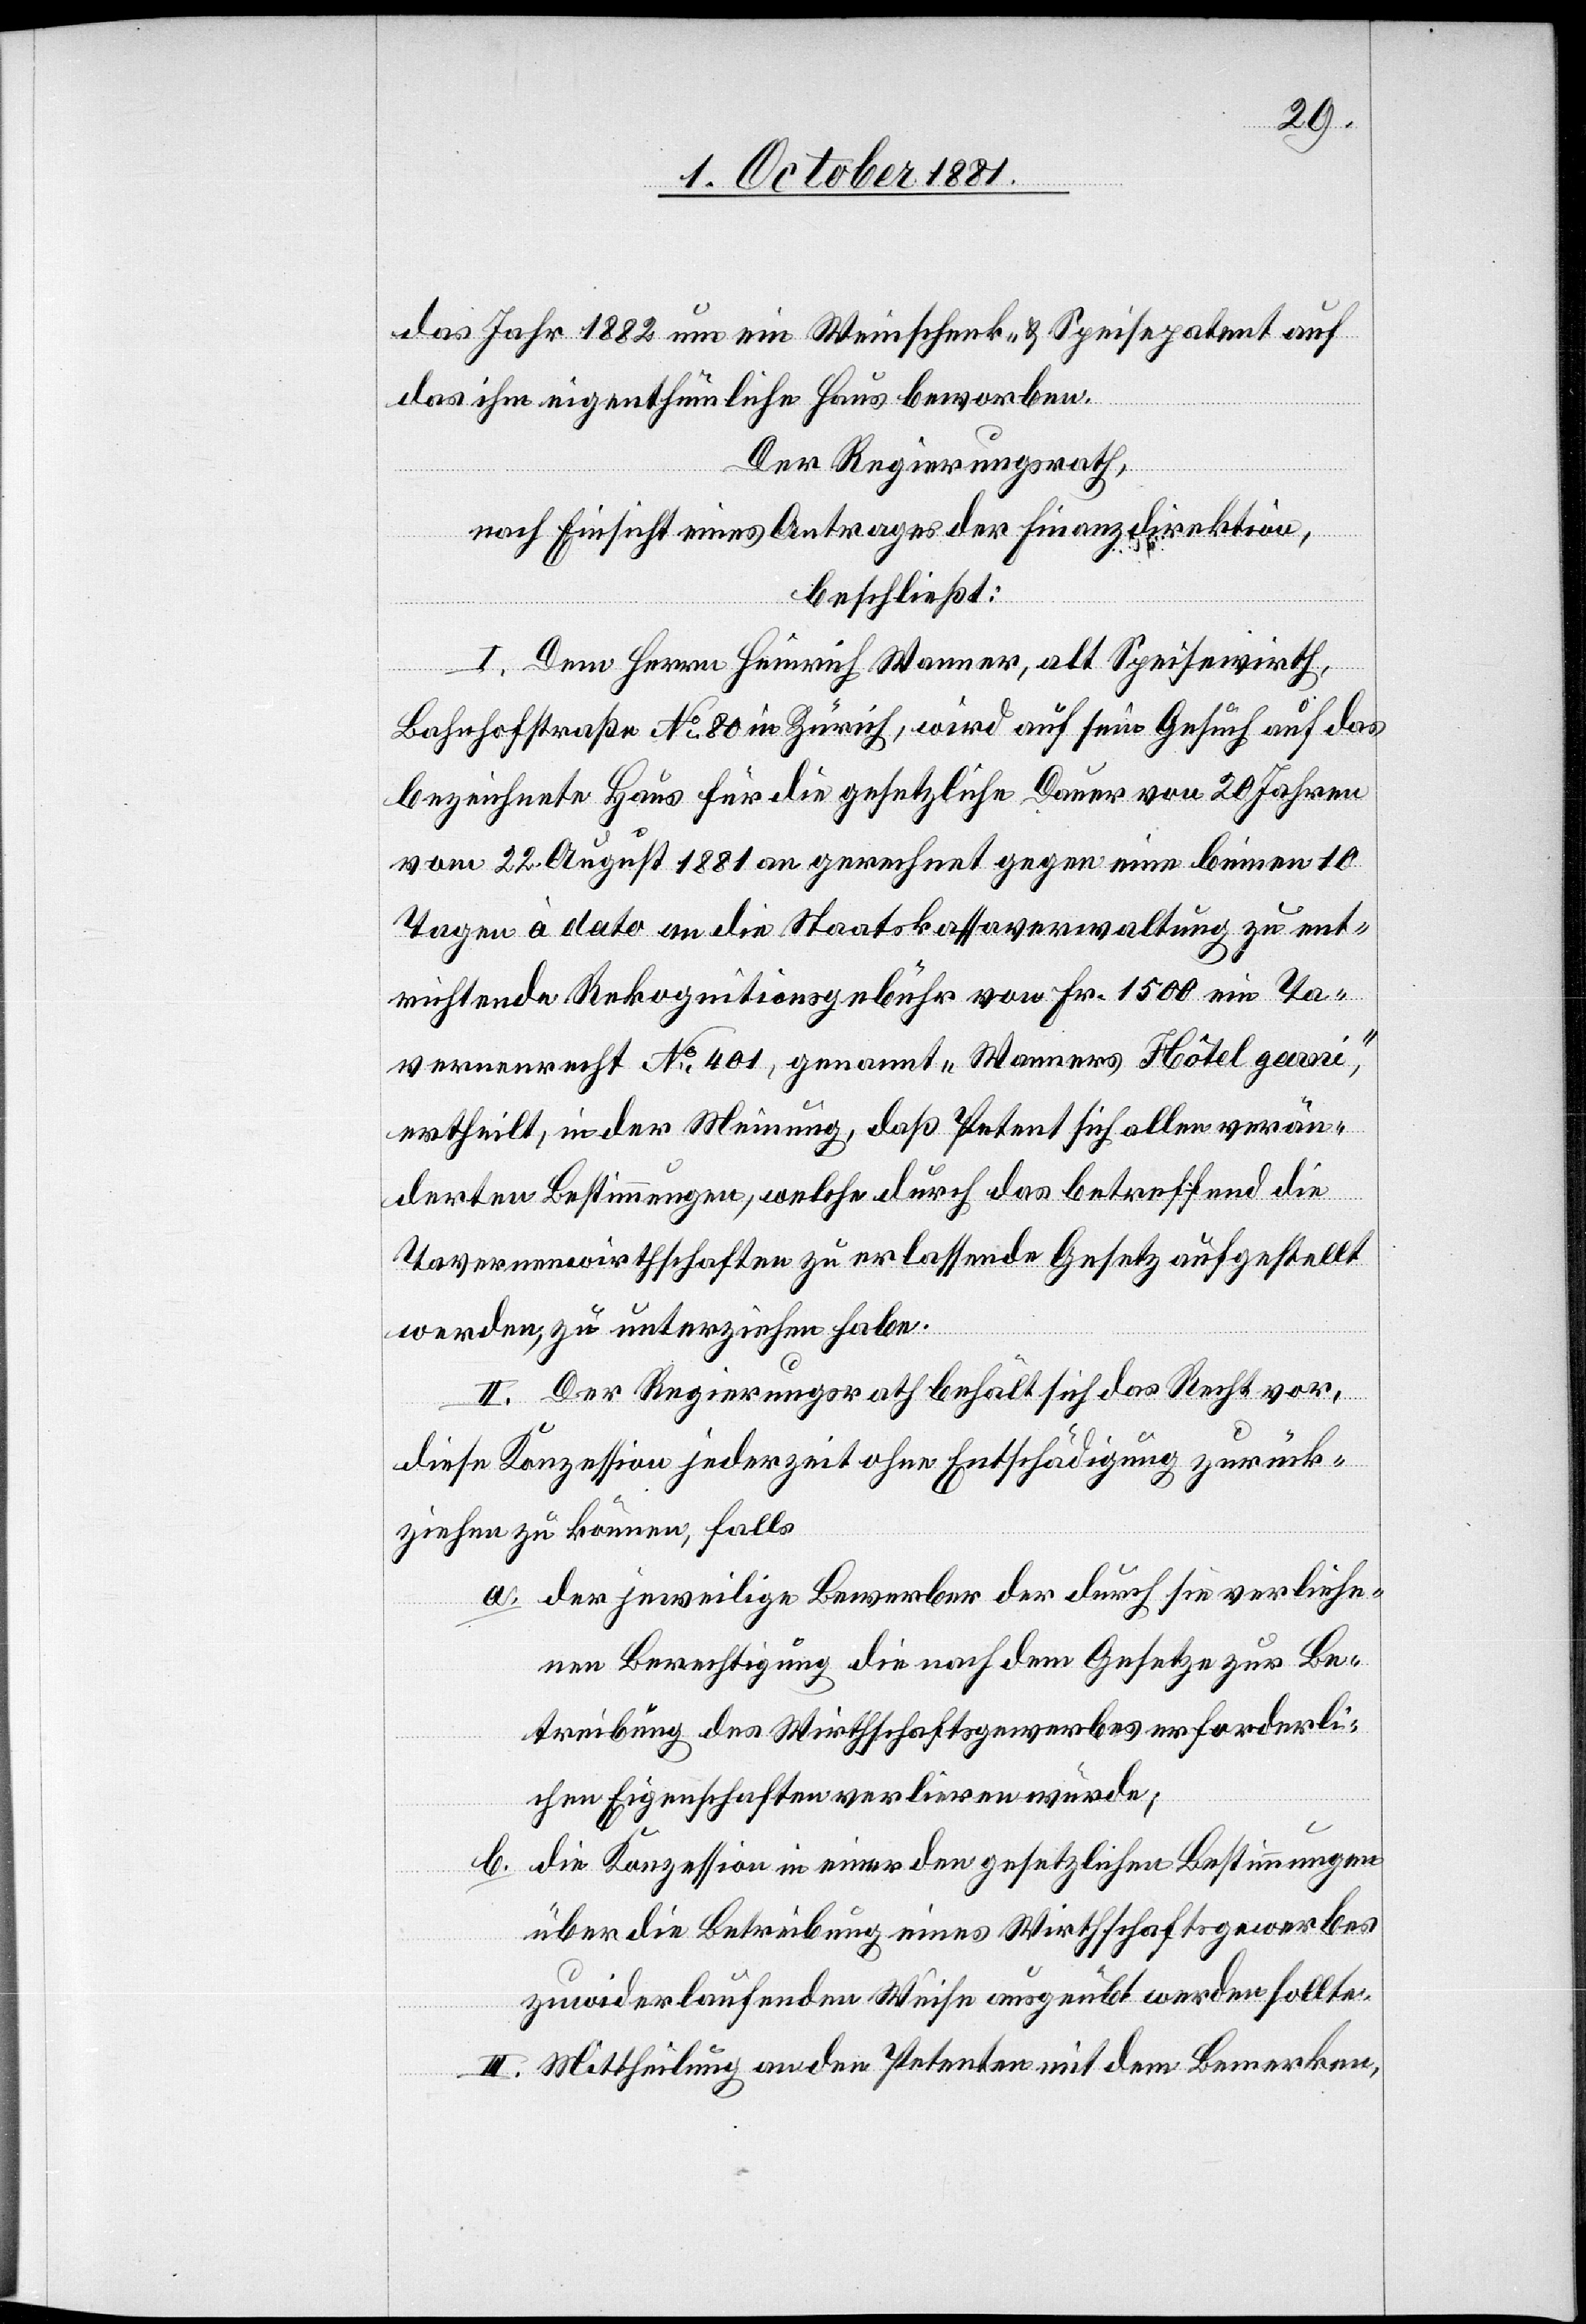
das Jahr 1882 um ein Weinschenk- & Speisepatent auf
das ihm eigenthümliche Haus beworben.
Der Regierungsrath,
nach Einsicht eines Antrages der Finanzdirektion,
beschließt:
I. Dem Herrn Heinrich Wanner, alt Speisewirth,
Bahnhofstraße No80 in Zürich, wird auf sein Gesuch auf das
bezeichnete Haus für die gesetzliche Dauer von 20 Jahren
vom 22. August 1881 an gerechnet gegen eine binnen 10
Tagen à dato an die Staatskassaverwaltung zu ent¬
richtende Rekognitionsgebühr von Fr. 1500 ein Ta¬
vernenrecht No 401, genannt „Wanners Hôtel garni“,
ertheilt, in der Meinung, daß Petent sich allen verän¬
derten Bestimmungen, welche durch das betreffend die
Tavernenwirthschaften zu erlassende Gesetz aufgestellt
werden, zu unterziehen habe.
II. Der Regierungsrath behält sich das Recht vor,
diese Konzession jederzeit ohne Entschädigung zurück¬
ziehen zu können, falls
a. der jeweilige Bewerber der durch sie verliehe¬
nen Berechtigung die nach dem Gesetz zur Be¬
treibung des Wirthschaftsgewerbes erforderli¬
chen Eigenschaften verlieren würde;
Die Konzession in einer den gesetzlichen Bestimmungen
b.
über die Betreibung eines Wirthschaftsgewerbes
zuwiderlaufenden Weise ausgeübt werden sollte.
III. Mittheilung an den Petenten mit dem Bemerken,